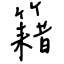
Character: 籍